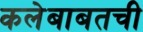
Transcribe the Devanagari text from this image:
कलेबाबतची